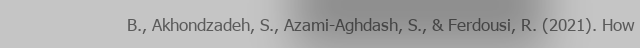
B., Akhondzadeh, S., Azami-Aghdash, S., & Ferdousi, R. (2021). How